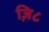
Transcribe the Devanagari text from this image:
ज़ि८